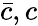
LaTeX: \bar{c},c